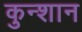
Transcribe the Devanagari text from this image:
कुन्शान